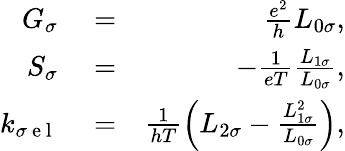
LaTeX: \begin{array}{rlr}{G_{\sigma}}&{{}=}&{\frac{e^{2}}{h}L_{0\sigma},}\\ {S_{\sigma}}&{{}=}&{-\frac{1}{eT}\frac{L_{1\sigma}}{L_{0\sigma}},}\\ {k_{\sigma\mathrm{~e~l~}}}&{{}=}&{\frac{1}{hT}\left(L_{2\sigma}-\frac{L_{1\sigma}^{2}}{L_{0\sigma}}\right),}\end{array}